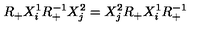
R _ { + } X _ { i } ^ { 1 } R _ { + } ^ { - 1 } X _ { j } ^ { 2 } = X _ { j } ^ { 2 } R _ { + } X _ { i } ^ { 1 } R _ { + } ^ { - 1 }